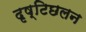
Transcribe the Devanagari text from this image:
दृष्टिछलन